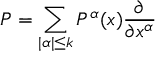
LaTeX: P = \sum _ { | \alpha | \leq k } P ^ { \alpha } ( x ) { \frac { \partial } { \partial x ^ { \alpha } } }